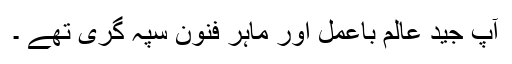
آپ جید عالم باعمل اور ماہر فنون سپہ گری تھے ۔